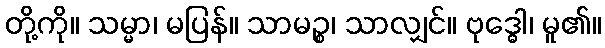
တို့ကို။ သမ္မာ၊ မပြန်။ သာမဉ္စ၊ သာလျှင်။ ဗုဒ္ဓေါ၊ မူ၏။